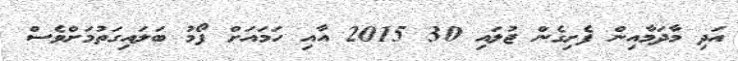
އަދި މާދަމާއިން ފެށިގެން ޖުލައި 30 2015 އާއި ހަމައަށް ފޯމު ބަލައިގަތުމަށްވެސް